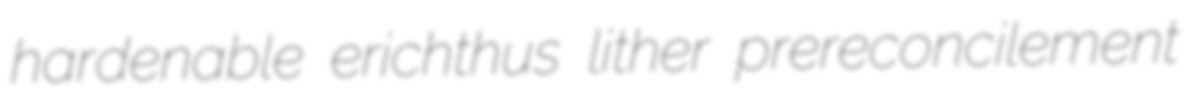
hardenable erichthus lither prereconcilement